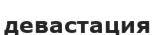
девастация